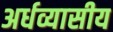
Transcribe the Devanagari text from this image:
अर्धव्यासीय